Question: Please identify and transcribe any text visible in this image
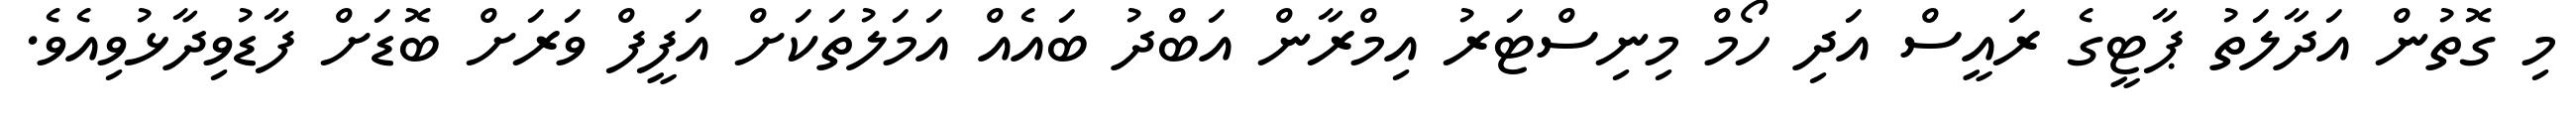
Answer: މި ގޮތުން އަދާލަތު ޕާޓީގެ ރައީސް އަދި ހޯމް މިނިސްޓަރު އިމްރާން އަބްދު ބައެއް އަމަލުތަކަށް އަފީފް ވަރަށް ބޮޑަށް ފާޑުވިދާޅުވިއެވެ.